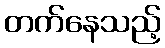
တက်နေသည့်